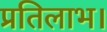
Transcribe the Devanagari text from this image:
प्रतिलाभ।